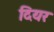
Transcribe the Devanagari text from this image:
दियर